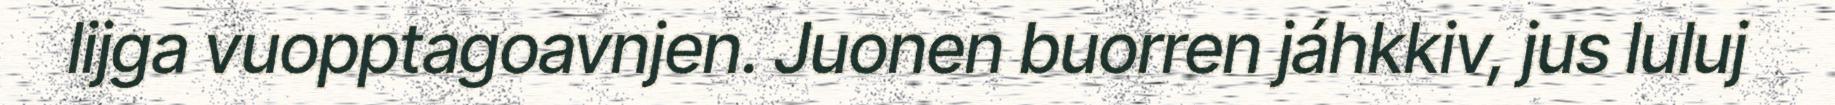
lijga vuopptagoavnjen. Juonen buorren jáhkkiv, jus luluj